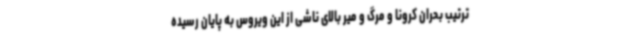
ترتیب بحران کرونا و مرگ و میر بالای ناشی از این ویروس به پایان رسیده